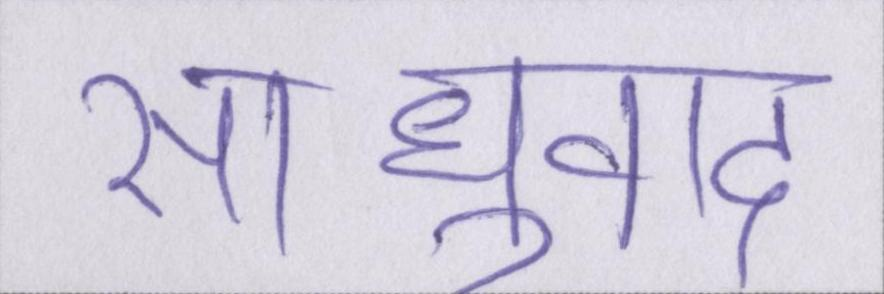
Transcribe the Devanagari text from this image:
साधुवाद